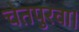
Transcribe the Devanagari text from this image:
चेतपुरवा।